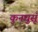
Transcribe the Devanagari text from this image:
कुनघुसूँ